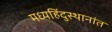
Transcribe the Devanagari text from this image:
मध्यहिंदुस्थानांत